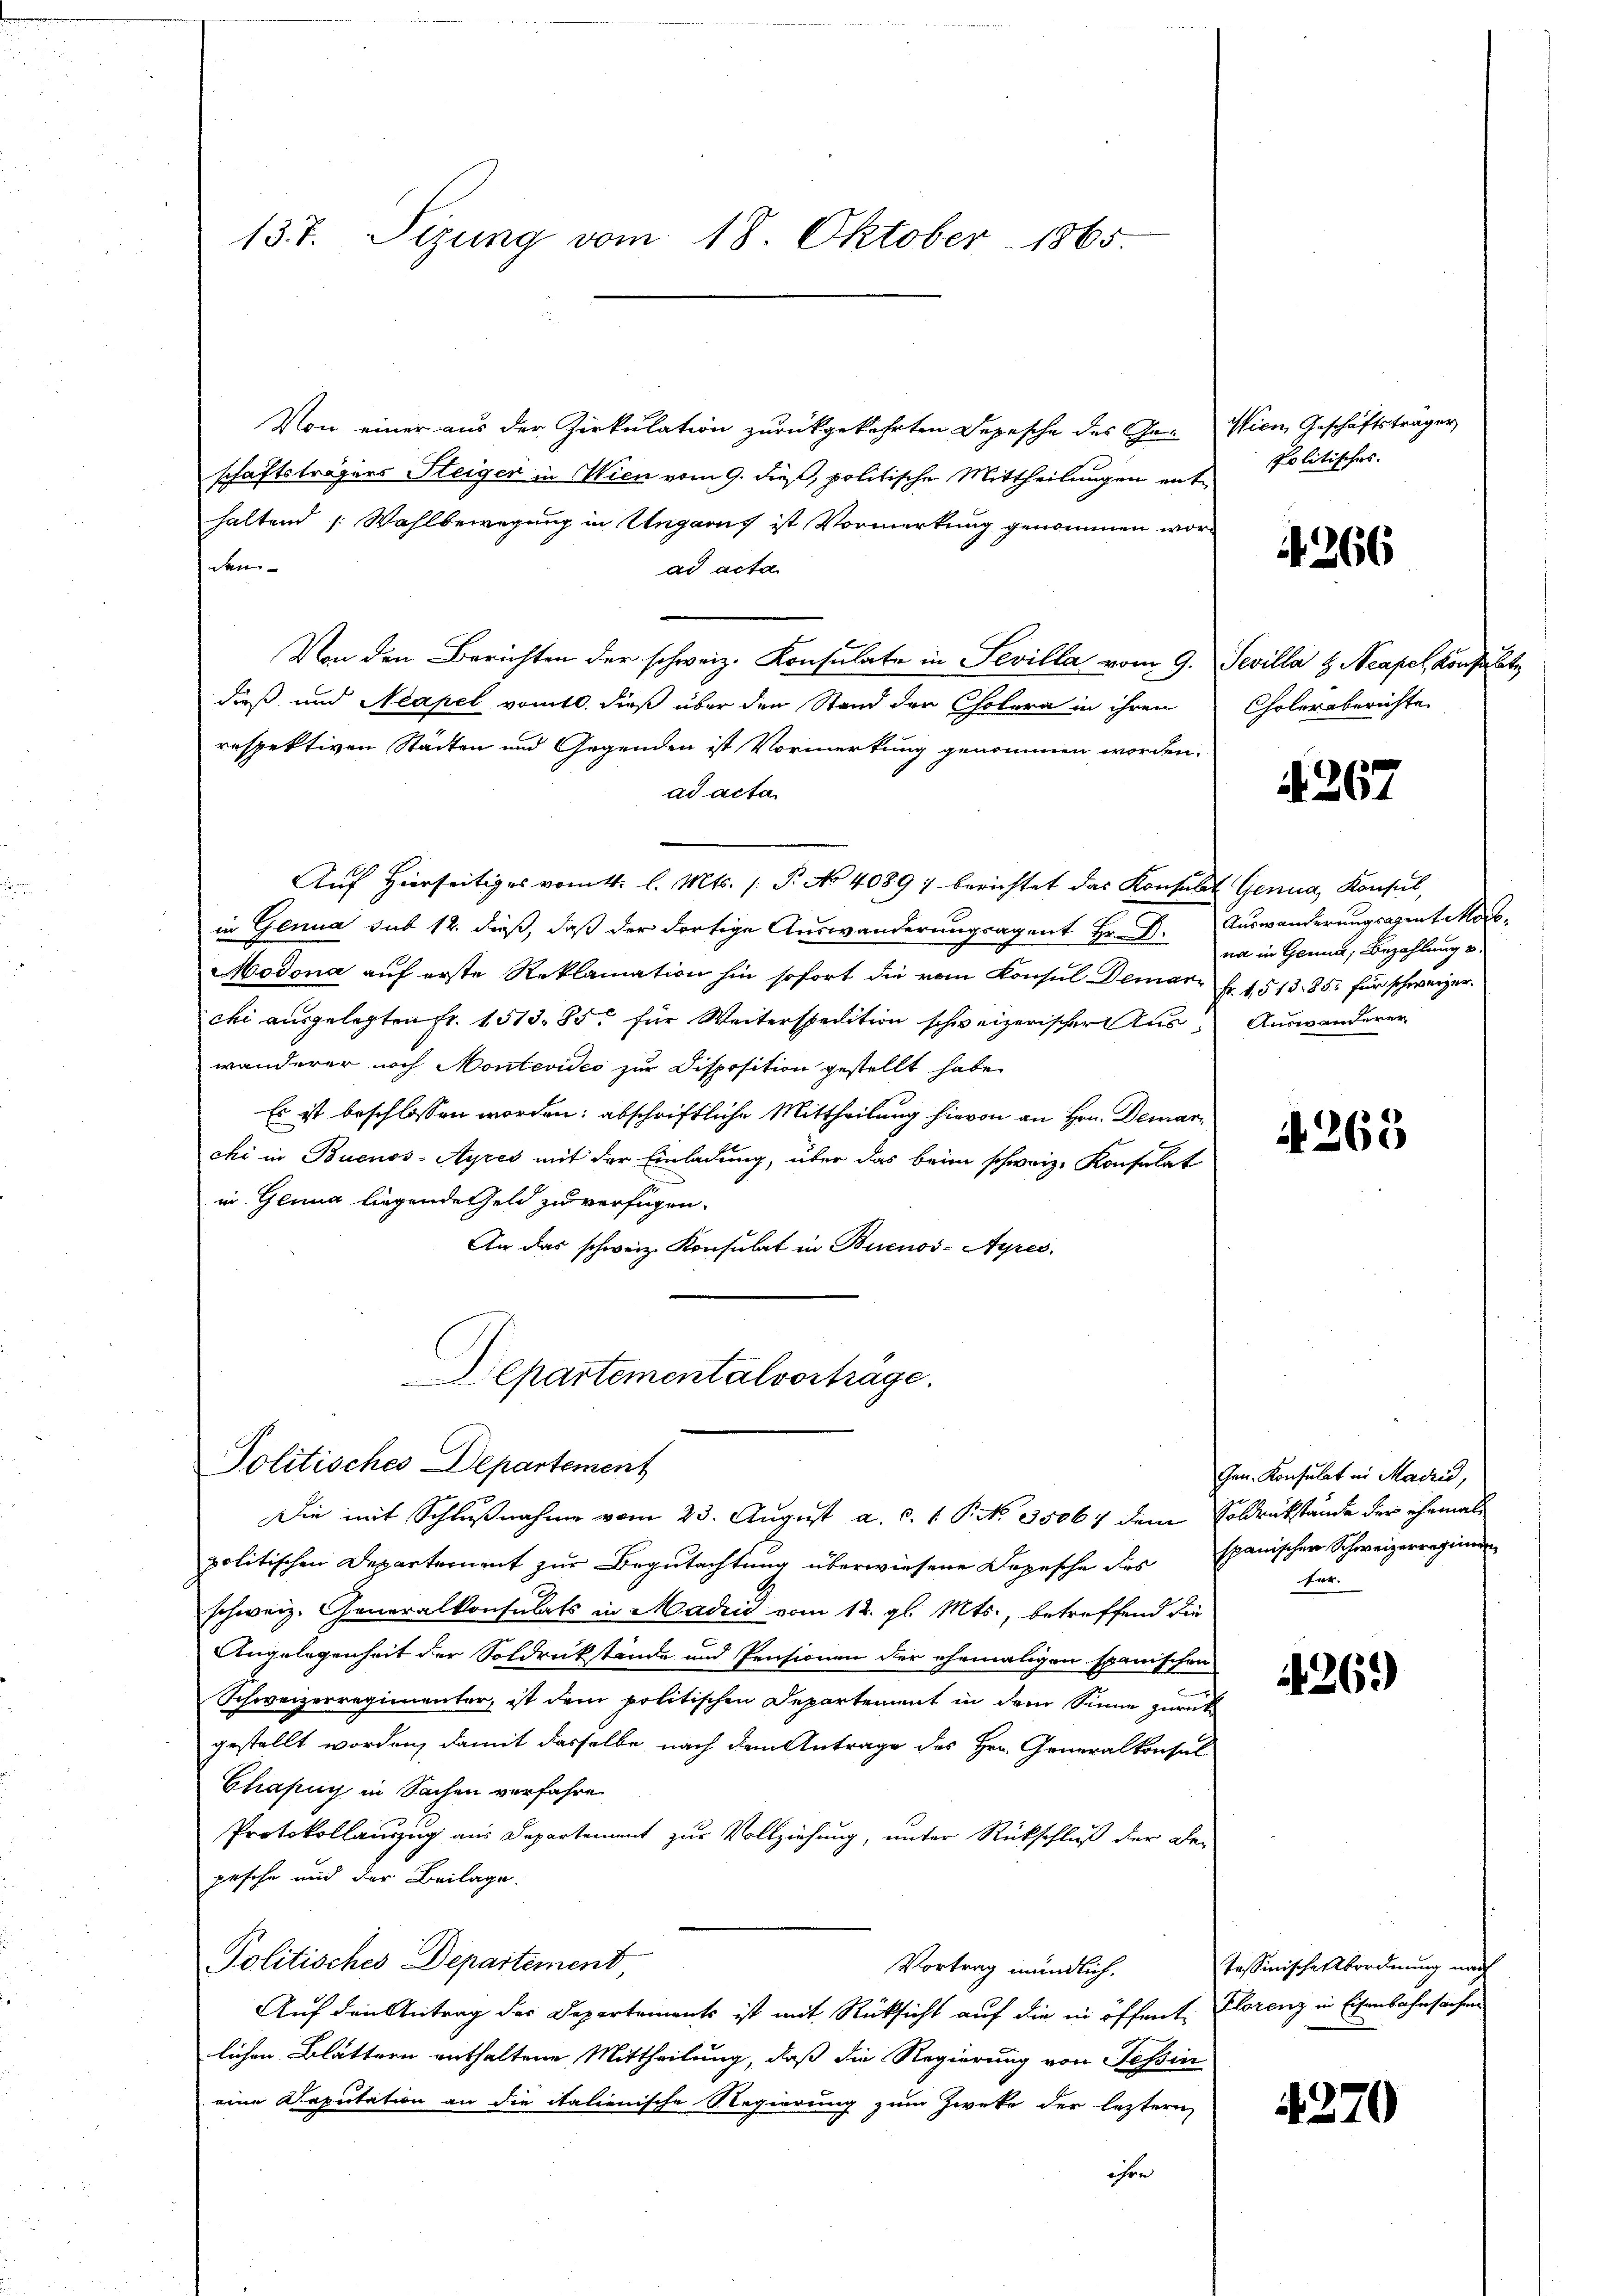
137. Sizung vom 18. Oktober 1865.

Von einer aus der Zirkulation zurückgekehrten Depesche des Ge- Wien Geschäftsträger
schaftsträgers Steiger in Wien vom 9. dieß, politische Mittheilungen enthaltend : Wahlbewegung in Ungarus ist Vormerkung genommen worden
ad acta
Von den Berichten der schweiz. Konsulate in Sevilla vom 9. Sevilla H. Neapel, Konsult
dieß und Neapel vomtl. dieß über den Stand der Cholera in ihren Choleraberichte
respektiven Städten und Gegenden ist Vormerkung genommen worden.
ad acta
Auf hierseitiges vom 4. l. Mts. /: P. No 4089) berichtet das Konsulat Genua, Konsul,
in Genua sub 12. dieß, daß der dortige Auswanderungsagent Hr. D. Auswanderungsent Mar¬
Modona auf erste Reklamation hin sofort die vom Konsul Demar Fr. 1513. 85. für schweizer.
chi ausgelegten Fr. 1513. 85 für Weiterspedition schweizerischer Auswanderer noch Montevides zur Disposition gestellt habe.
Es ist beschlossen worden; abschriftliche Mittheilung hievon an Hrn. Demarchi in Buenos-Ayres mit der Einladung, über das beim schweiz. Konsulat
in Genua liegende Geld zu verfügen.
An das schweiz. Konsulat in Buenos-Ayres.
Departementalvorträge.

Politisches Departement

Die mit Schlußnahme vom 23. August a. c. 1 P. No. 3506/ dem Soldrückstände der ehemals
politischen Departement zur Begutachtung überwiesene Depesche des Epanischer Schweizerregimen
schweiz. Generalkonsulats in Madrid vom 12. gl. Mts., betreffend die
Angelegenheit der Soldrückstände und Pensionen der ehemaligen spanischen
Schweizerregimenter, ist dem politischen Departement in dem Sinne zurück
gestellt worden, damit dasselbe nach dem Antrage des Hrn. Generalkonsul
Chasug in Sachen verfahre
Protokollauszug aus Departement zur Vollziehung, unter Rückschluß der Bei
pesche und der Beilage.
Politisches Departement,
Vortrag mündlich.
Auf den Antrag des Departements ist mit Rücksicht auf die in öffent Florenz in Eisenbahnsachen
lichen Blättern enthaltene Mittheilung, daß die Regierung von Tessin
eine Deputation an die italienische Regierung zum Zweke der letztern
ihre

Politisches.

266

267

na in Genua, Bezahlung u
Auswanderer

1263

Gen. Konsulat in Madrid,
fer.

4269)

tessinische Abordnung nach

4270